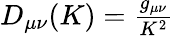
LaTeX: \begin{array}{r}{D_{\mu\nu}(K)=\frac{g_{\mu\nu}}{K^{2}}}\end{array}